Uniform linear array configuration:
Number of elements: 48
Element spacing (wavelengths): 0.25
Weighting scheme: binomial
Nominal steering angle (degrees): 30
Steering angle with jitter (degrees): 29.047
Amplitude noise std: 0.05
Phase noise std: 0.05

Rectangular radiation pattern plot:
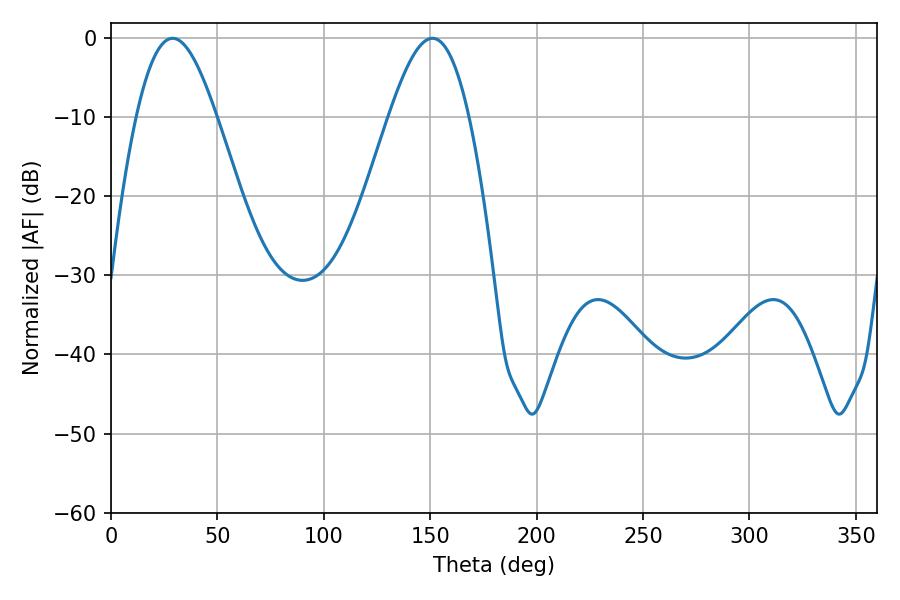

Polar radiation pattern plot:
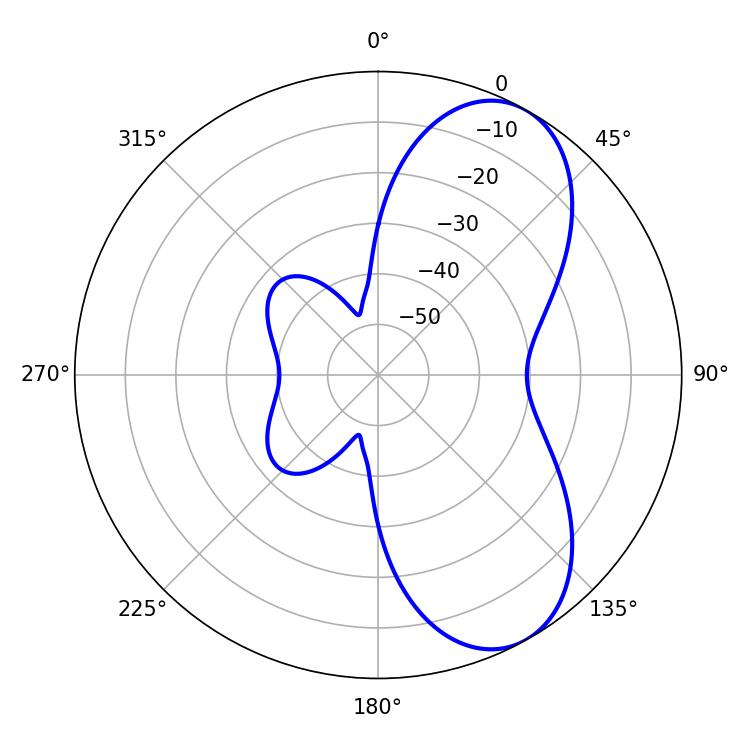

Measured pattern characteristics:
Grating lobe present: FALSE
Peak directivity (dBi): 7.166
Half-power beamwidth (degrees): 20.34
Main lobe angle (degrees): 28.98